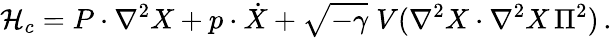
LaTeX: {\cal H}_{c}=P\cdot\nabla^{2}X+p\cdot\dot{X}+\sqrt{-\gamma}\; V(\nabla^{2}X\cdot\nabla^{2}X\, \Pi^{2})\, .